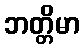
ဘတ္တိမာ